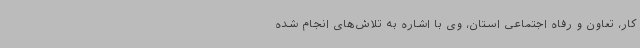
کار، تعاون و رفاه اجتماعی استان، وی با اشاره به تلاش‌های انجام شده